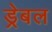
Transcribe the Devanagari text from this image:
ड्रेबल